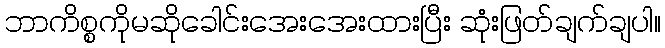
ဘာကိစ္စကိုမဆိုခေါင်းအေးအေးထားပြီး ဆုံးဖြတ်ချက်ချပါ။